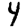
Digit: 4